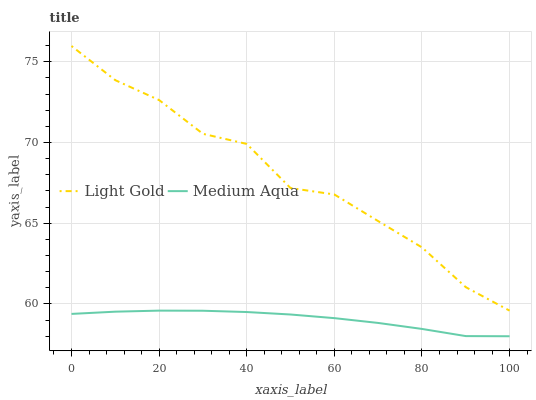
| xaxis_label | Light Gold | Medium Aqua |
 | --- | --- | --- |
 | 0 | 76 | 59.4 |
 | 10 | 73.9 | 59.5 |
 | 20 | 72.6 | 59.6 |
 | 30 | 70.5 | 59.6 |
 | 40 | 69.9 | 59.5 |
 | 50 | 67.2 | 59.3 |
 | 60 | 66.8 | 59.1 |
 | 70 | 65.1 | 58.8 |
 | 80 | 63.5 | 58.5 |
 | 90 | 61 | 58 |
 | 100 | 59.6 | 58 |